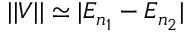
| | V | | \simeq | E _ { n _ { 1 } } - E _ { n _ { 2 } } |